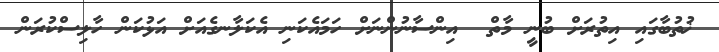
ޚުތުބާގައި އިތުރަށް ބުނީ މާތް  އިންސާނުންނަށް ހަމައެކަނި އެކަލާނގެއަށް އަޅުކަން ހާލިސްކުރަން